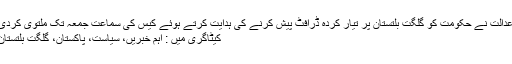
عدالت نے حکومت کو گلگت بلتستان پر تیار کردہ ڈرافٹ پیش کرنے کی ہدایت کرتے ہوئے کیس کی سماعت جمعہ تک ملتوی کردی
کیٹاگری میں : اہم خبریں، سیاست، پاکستان، گلگت بلتستان‬‎